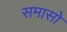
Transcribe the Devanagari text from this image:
समासो